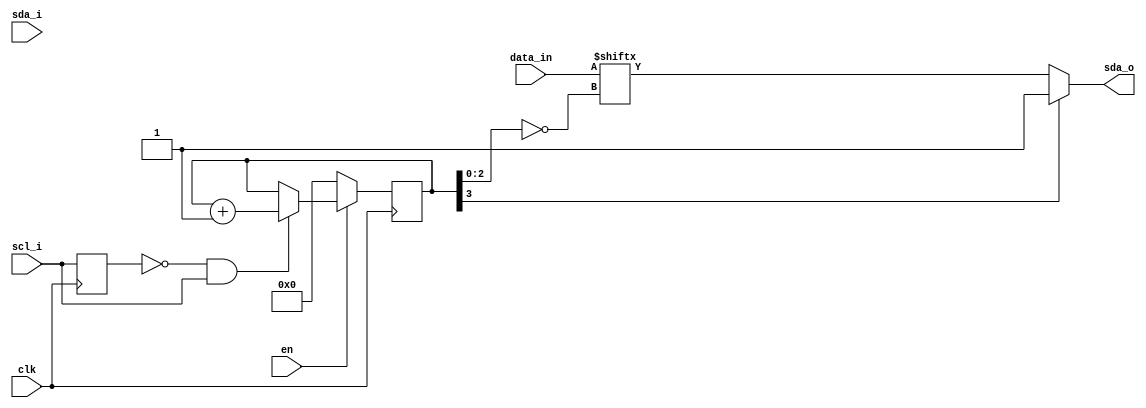
`timescale 1ns / 1ps
//////////////////////////////////////////////////////////////////////////////////
// Company: 
// Engineer: 
// 
// Design Name: 
// Module Name: i2c_write_bus
// Project Name: 
// Target Devices: 
// Tool Versions: 
// Description: 
// 
// Dependencies: 
// 
// Revision:
// Revision 0.01 - File Created
// Additional Comments:
// 
//////////////////////////////////////////////////////////////////////////////////


module i2c_write_bus(
    input clk,
    input en, //sclen
    input [7:0] data_in,
    
    input scl_i,
    input sda_i,
    output sda_o
    );
    reg scl_i_reg=1'b1;
    always@(posedge clk)begin
        scl_i_reg <= scl_i;
    end
    wire scl_i_pos = ~scl_i_reg & scl_i;
    wire scl_i_neg = scl_i_reg & ~scl_i;
    
    reg [3:0]data_cnt=0;
    always@(posedge clk)begin
        if(en)begin
            if(scl_i_pos) data_cnt <= data_cnt + 1;
            else data_cnt <= data_cnt;
        end
        else begin
            data_cnt <= 0;
        end
    end
    assign sda_o = (data_cnt[3:3]!=0) ? 1'b1 : data_in[~data_cnt[2:0]];
    
endmodule